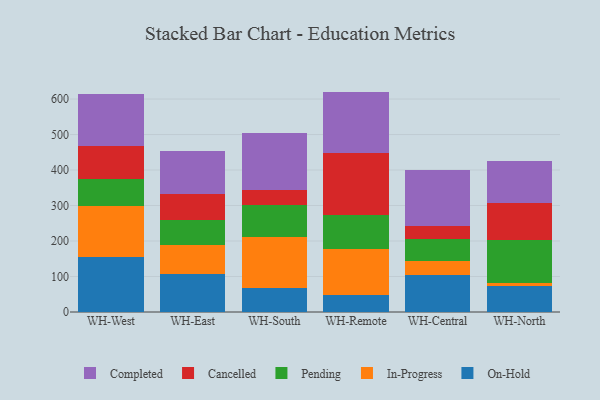
{"axis": {"x": "Warehouse", "y": "Headcount"}, "legend": ["Cancelled", "Completed", "In-Progress", "On-Hold", "Pending"], "data": [{"x": "WH-West", "y": 154.6, "type": "On-Hold"}, {"x": "WH-West", "y": 143.7, "type": "In-Progress"}, {"x": "WH-West", "y": 75.1, "type": "Pending"}, {"x": "WH-West", "y": 93.3, "type": "Cancelled"}, {"x": "WH-West", "y": 147.5, "type": "Completed"}, {"x": "WH-East", "y": 105.9, "type": "On-Hold"}, {"x": "WH-East", "y": 82.4, "type": "In-Progress"}, {"x": "WH-East", "y": 71.2, "type": "Pending"}, {"x": "WH-East", "y": 72.7, "type": "Cancelled"}, {"x": "WH-East", "y": 120.1, "type": "Completed"}, {"x": "WH-South", "y": 66.8, "type": "On-Hold"}, {"x": "WH-South", "y": 145.9, "type": "In-Progress"}, {"x": "WH-South", "y": 87.5, "type": "Pending"}, {"x": "WH-South", "y": 44.0, "type": "Cancelled"}, {"x": "WH-South", "y": 159.5, "type": "Completed"}, {"x": "WH-Remote", "y": 48.4, "type": "On-Hold"}, {"x": "WH-Remote", "y": 129.7, "type": "In-Progress"}, {"x": "WH-Remote", "y": 96.3, "type": "Pending"}, {"x": "WH-Remote", "y": 172.7, "type": "Cancelled"}, {"x": "WH-Remote", "y": 173.8, "type": "Completed"}, {"x": "WH-Central", "y": 105.5, "type": "On-Hold"}, {"x": "WH-Central", "y": 38.7, "type": "In-Progress"}, {"x": "WH-Central", "y": 61.5, "type": "Pending"}, {"x": "WH-Central", "y": 36.3, "type": "Cancelled"}, {"x": "WH-Central", "y": 157.5, "type": "Completed"}, {"x": "WH-North", "y": 72.4, "type": "On-Hold"}, {"x": "WH-North", "y": 10.7, "type": "In-Progress"}, {"x": "WH-North", "y": 119.0, "type": "Pending"}, {"x": "WH-North", "y": 105.8, "type": "Cancelled"}, {"x": "WH-North", "y": 116.8, "type": "Completed"}]}